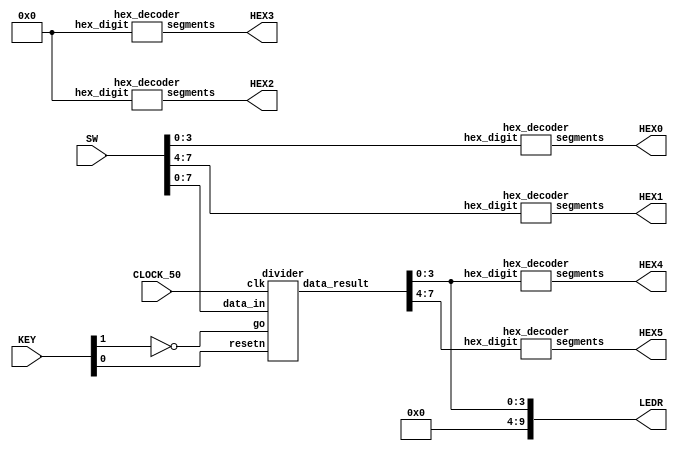
//Sw[7:0] data_in

//KEY[0] synchronous reset when pressed
//KEY[1] go signal

//LEDR displays result
//HEX0 & HEX1 also displays result

module fpga_top(SW, KEY, CLOCK_50, LEDR, HEX0, HEX1, HEX2, HEX3, HEX4, HEX5);
    input [9:0] SW;
    input [3:0] KEY;
    input CLOCK_50;
    output [9:0] LEDR;
    output [6:0] HEX0, HEX1, HEX2, HEX3, HEX4, HEX5;

    wire resetn;
    wire go;

    wire [8:0] data_result;
    assign go = ~KEY[1];
    assign resetn = KEY[0];

    divider u0(
        .clk(CLOCK_50),
        .resetn(resetn),
        .go(go),
        .data_in(SW[7:0]),
        .data_result(data_result)
    );
      
    assign LEDR[9:0] = {6'd0, data_result[3:0]};

    hex_decoder H0(
        .hex_digit(SW[3:0]), 
        .segments(HEX0)
        );
        
    hex_decoder H1(
        .hex_digit(SW[7:4]), 
        .segments(HEX1)
        );

    hex_decoder H4(
        .hex_digit(data_result[3:0]), 
        .segments(HEX4)
        );

    hex_decoder H5(
        .hex_digit(data_result[7:4]), 
        .segments(HEX5)
        );

    hex_decoder H2(
        .hex_digit(4'd0), 
        .segments(HEX2)
        );

    hex_decoder H3(
        .hex_digit(4'd0), 
        .segments(HEX3)
        );

endmodule

module divider(
    input clk,
    input resetn,
    input go,
    input [7:0] data_in,
    output [8:0] data_result
    );

    // lots of wires to connect our datapath and control
    wire ld_a, ld_m, ld_q;
    wire ld_alu_out;
    wire alu_select_a;
    wire [1:0] alu_op;

    control C0(
        .clk(clk),
        .resetn(resetn),
        
        .go(go),
        
        .ld_alu_out(ld_alu_out), 
        .ld_a(ld_a),
        .ld_m(ld_m),
        .ld_q(ld_q), 
        .ld_r(ld_r), 
        
        .alu_select_a(alu_select_a),
        .alu_op(alu_op)
    );

    datapath D0(
        .clk(clk),
        .resetn(resetn),

        .ld_alu_out(ld_alu_out), 
        .ld_a(ld_a),
        .ld_m(ld_m),
        .ld_q(ld_q), 
        .ld_r(ld_r), 

        .alu_select_a(alu_select_a),
        .alu_op(alu_op),

        .data_in(data_in),
        .data_result(data_result)
    );
                
 endmodule        
                

module control(
    input clk,
    input resetn,
    input go,

    output reg  ld_a, ld_m, ld_q, ld_r,
    output reg  ld_alu_out,
    output reg  alu_select_a,
    output reg [1:0] alu_op
    );

    reg [3:0] current_state, next_state; 
    reg [1:0] count;
  
    localparam  S_LOAD_INPUT        = 4'd0,
                S_LOAD_INPUT_WAIT   = 4'd1,
                SHIFT_LEFT          = 4'd2,
                SUBTRACT_DIVISOR    = 4'd3,
                ADD_DIVISOR         = 4'd4,
                SET_Q0              = 4'd5,
                OUTPUT              = 4'd6;
    
    // Next state logic aka our state table
    always@(*)
    begin: state_table 
            case (current_state)
                S_LOAD_INPUT: begin
			next_state = go ? S_LOAD_INPUT_WAIT : S_LOAD_INPUT; // Loop in current state until value is input
			count = 2'd0;
		end
                S_LOAD_INPUT_WAIT: next_state = go ? S_LOAD_INPUT_WAIT : SHIFT_LEFT; // Loop in current state until go signal goes low
                SHIFT_LEFT: next_state = SUBTRACT_DIVISOR;
                SUBTRACT_DIVISOR: next_state = ADD_DIVISOR;
                ADD_DIVISOR: next_state = SET_Q0;
                SET_Q0: begin
                    next_state = (count == 2'b11) ? OUTPUT : SHIFT_LEFT; 
                    count = count + 1;
                end
                OUTPUT: next_state = S_LOAD_INPUT;
            default:     next_state = S_LOAD_INPUT;// we will be done our five operations, start over after
        endcase
    end // state_table
   

    // Output logic aka all of our datapath control signals
    always @(*)
    begin: enable_signals
        // By default make all our signals 0
        ld_alu_out = 1'b0;
        ld_a = 1'b0;
        ld_m = 1'b0;
        ld_q = 1'b0;
        ld_r = 1'b0;
        alu_select_a = 1'b0;
        alu_op       = 2'b00;

        case (current_state)
            S_LOAD_INPUT: begin
                ld_m = 1'b1;
                ld_q = 1'b1;
                end
            SHIFT_LEFT: begin 
                ld_alu_out = 1'b1; ld_a = 1'b1; ld_q = 1'b1;
                alu_select_a = 1'b1; 
                alu_op = 2'b00; 
            end
            SUBTRACT_DIVISOR: begin 
                ld_alu_out = 1'b1; ld_a = 1'b1; 
                alu_select_a = 1'b0; 
                alu_op = 2'b01; 
            end
            ADD_DIVISOR: begin 
                ld_alu_out = 1'b1; ld_a = 1'b1; 
                alu_select_a = 1'b0; 
                alu_op = 2'b10; 
            end
            SET_Q0: begin 
                ld_alu_out = 1'b1; ld_a = 1'b1; ld_q = 1'b1;
                alu_select_a = 1'b0; 
                alu_op = 2'b11; 
            end
            OUTPUT: begin 
                ld_r = 1'b1; // store result in result register
            end
        // default:    // don't need default since we already made sure all of our outputs were assigned a value at the start of the always block
        endcase
    end // enable_signals
   
    // current_state registers
    always@(posedge clk)
    begin: state_FFs
        if(!resetn)
            current_state <= S_LOAD_INPUT;
        else
            current_state <= next_state;
    end // state_FFS
endmodule

module datapath(
    input clk,
    input resetn,
    input [7:0] data_in,
    input ld_alu_out, 
    input ld_m, ld_a, ld_q,  
    input ld_r,
    input [1:0] alu_op, 
    input alu_select_a, 
    output reg [8:0] data_result
    );
    
    // input registers
    reg [4:0] divisor, Register_A, Register_B;
    reg [3:0] dividend;

    // output of the alu
    reg [8:0] alu_out;
    // alu input muxes
    reg [4:0] alu_a;

    reg ld_b;
    
    // Registers a, b, c, x with respective input logic
    always @ (posedge clk) begin
        if (!resetn) begin
            divisor <= 5'd0; 
            Register_A <= 5'd0; 
            dividend <= 4'd0; 
	    Register_B <= 5'd0;
        end
        else begin
            if (ld_m)
                divisor <= {1'b0, data_in[3:0]}; 
            if (ld_q)
                dividend <= ld_alu_out ? alu_out[3:0] : data_in[7:4]; 
            if (ld_a)
                Register_A <= alu_out[8:4];
	    if (ld_b)
		Register_B <= Register_A;
		ld_b <= 1'd0;
        end
    end
 
    // Output result register
    always @ (posedge clk) begin
        if (!resetn) begin
            data_result <= 9'd0; 
        end
        else 
            if(ld_r)
                data_result <= {Register_A, dividend};
    end

    // The ALU input multiplexers
    always @(*)
    begin
        case (alu_select_a)
            1'd0:
                alu_a = divisor;
            1'd1:
                alu_a = dividend;
            default: alu_a = 5'd0;
        endcase
    end

    // The ALU 
    always @(*)
    begin : ALU
        // alu
        case (alu_op)
            2'b00: begin
                   alu_out <= {Register_A, alu_a[3:0]} << 1'b1;// Perform left shift
                end
            2'b01: begin
                   alu_out[8:4] <= Register_A - alu_a; //subtract divisor from Register_A
		   ld_b <= 1'd1; 
                end
            2'b10: begin
                    if (Register_A[4]) begin
                        alu_out[8:4] <= Register_A + alu_a;
                        end
                    else alu_out[8:4] <= Register_A;
                end
            2'b11: begin
                    alu_out[0] <= ~Register_B[4];
                end
            default: alu_out <= {Register_A, alu_a};
        endcase
    end
    
endmodule


module hex_decoder(hex_digit, segments);
    input [3:0] hex_digit;
    output reg [6:0] segments;
   
    always @(*)
        case (hex_digit)
            4'h0: segments = 7'b100_0000;
            4'h1: segments = 7'b111_1001;
            4'h2: segments = 7'b010_0100;
            4'h3: segments = 7'b011_0000;
            4'h4: segments = 7'b001_1001;
            4'h5: segments = 7'b001_0010;
            4'h6: segments = 7'b000_0010;
            4'h7: segments = 7'b111_1000;
            4'h8: segments = 7'b000_0000;
            4'h9: segments = 7'b001_1000;
            4'hA: segments = 7'b000_1000;
            4'hB: segments = 7'b000_0011;
            4'hC: segments = 7'b100_0110;
            4'hD: segments = 7'b010_0001;
            4'hE: segments = 7'b000_0110;
            4'hF: segments = 7'b000_1110;   
            default: segments = 7'h7f;
        endcase
endmodule